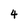
Character: 4